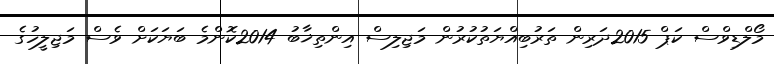
މޯލްޑިވްސް ކަޕް 2015ދަރިން ތަރުބިއްޔަތުކުރުން މަޖިލިސް އިންތިޚާބު 2014ކޮންމެ ބަޔަކަށް ވެސް މަޖިލީހުގެ